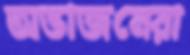
অভাজনেরা